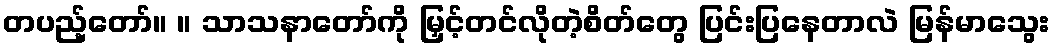
တပည့်တော်။ ။ သာသနာတော်ကို မြှင့်တင်လိုတဲ့စိတ်တွေ ပြင်းပြနေတာလဲ မြန်မာသွေး